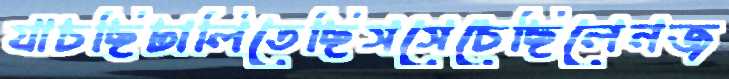
যাচছিঢালিতেছিসসেচেছিলেনজ